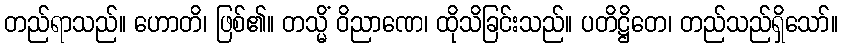
တည်ရာသည်။ ဟောတိ၊ ဖြစ်၏။ တသ္မိံ ဝိညာဏေ၊ ထိုသိခြင်းသည်။ ပတိဋ္ဌိတေ၊ တည်သည်ရှိသော်။